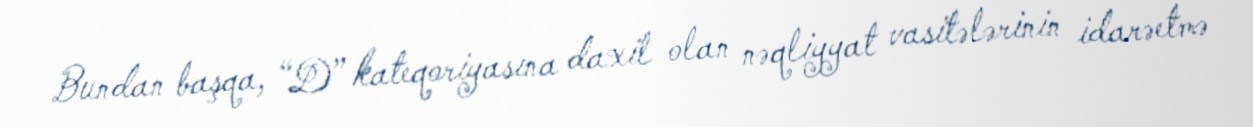
Bundan başqa, “D” kateqoriyasına daxil olan nəqliyyat vasitələrinin idarəetmə